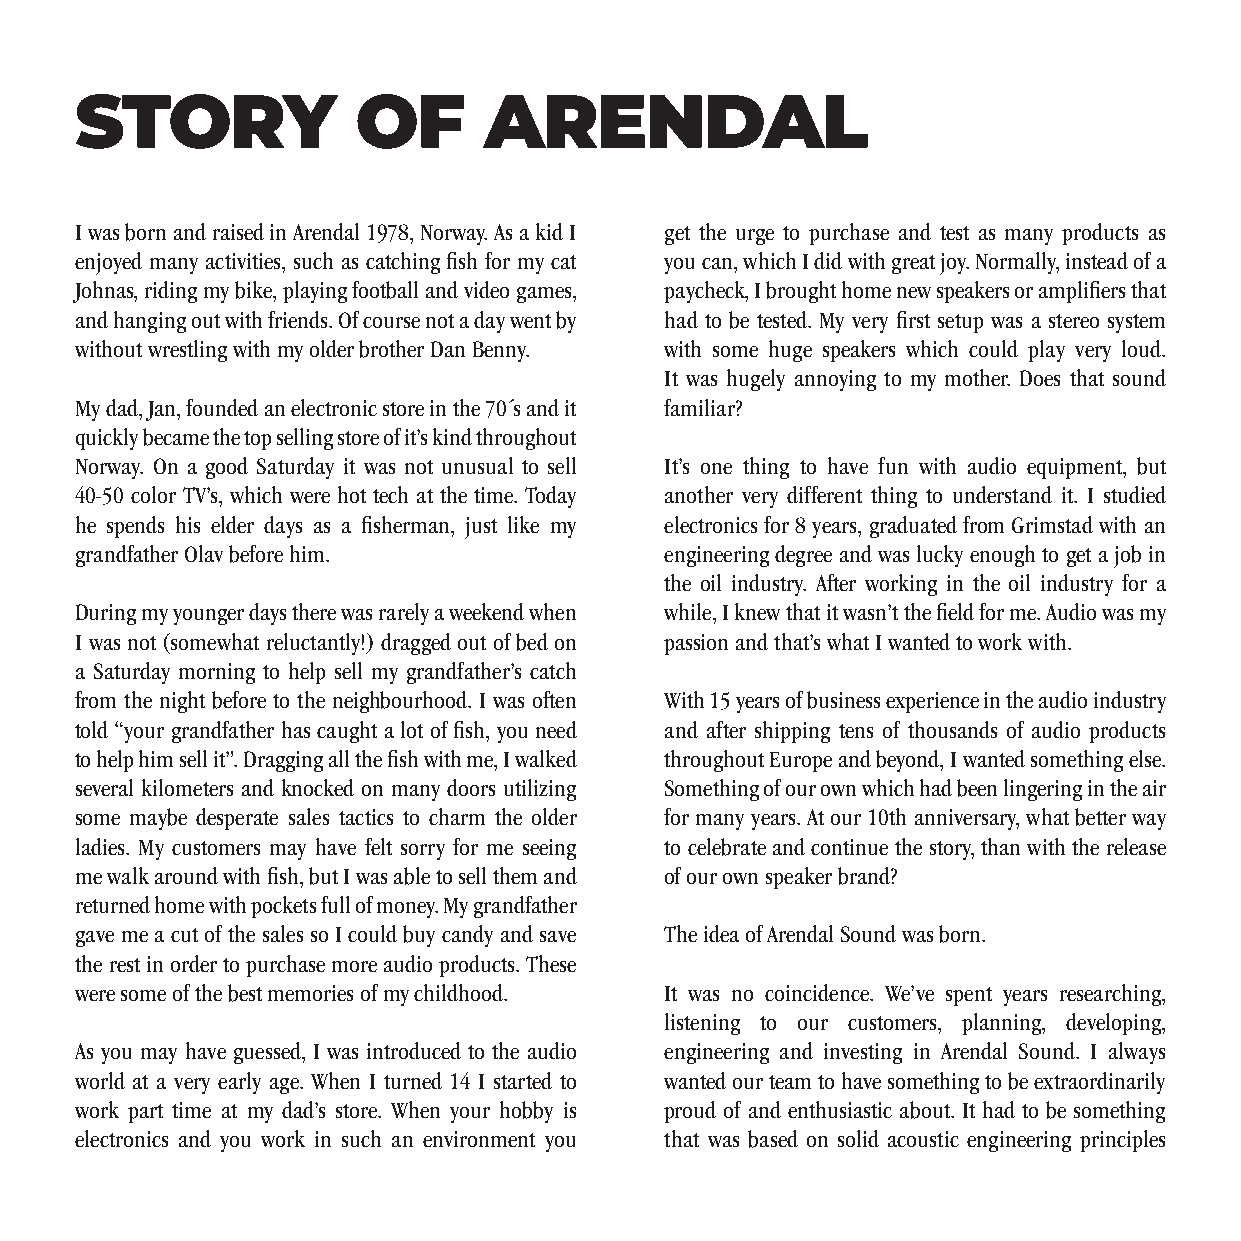
STORY              OF      ARENDAL
 I was born and raised in Arendal 1978, Norway. As a kid I get the urge to purchase and test as many products as
 enjoyed many activities, such as catching fi sh for my cat you can, which I did with great joy. Normally, instead of a
 Johnas, riding my bike, playing football and video games, paycheck, I brought home new speakers or amplifi ers that
 and hanging out with friends. Of course not a day went by had to be tested. My very fi rst setup was a stereo system
 without wrestling with my older brother Dan Benny. with some huge speakers which could play very loud.
 It was hugely annoying to my mother. Does that sound
 My dad, Jan, founded an electronic store in the 70´s and it familiar?
 quickly became the top selling store of it’s kind throughout
 Norway. On a good Saturday it was not unusual to sell It’s one thing to have fun with audio equipment, but
 40-50 color TV’s, which were hot tech at the time. Today another very different thing to understand it. I studied
 he spends his elder days as a fi sherman, just like my electronics for 8 years, graduated from Grimstad with an
 grandfather Olav before him.           engineering degree and was lucky enough to get a job in
 the oil industry. After working in the oil industry for a
 During my younger days there was rarely a weekend when while, I knew that it wasn’t the fi eld for me. Audio was my
 I was not (somewhat reluctantly!) dragged out of bed on passion and that’s what I wanted to work with.
 a Saturday morning to help sell my grandfather’s catch
 from the night before to the neighbourhood. I was often With 15 years of business experience in the audio industry
 told “your grandfather has caught a lot of fi sh, you need and after shipping tens of thousands of audio products
 to help him sell it”. Dragging all the fi sh with me, I walked throughout Europe and beyond, I wanted something else.
 several kilometers and knocked on many doors utilizing Something of our own which had been lingering in the air
 some maybe desperate sales tactics to charm the older for many years. At our 10th anniversary, what better way
 ladies. My customers may have felt sorry for me seeing to celebrate and continue the story, than with the release
 me walk around with fi sh, but I was able to sell them and of our own speaker brand?
 returned home with pockets full of money. My grandfather
 gave me a cut of the sales so I could buy candy and save The idea of Arendal Sound was born.
 the rest in order to purchase more audio products. These
 were some of the best memories of my childhood. It was no coincidence. We’ve spent years researching,
 listening to our customers, planning, developing,
 As you may have guessed, I was introduced to the audio engineering and investing in Arendal Sound. I always
 world at a very early age. When I turned 14 I started to wanted our team to have something to be extraordinarily
 work part time at my dad’s store. When your hobby is proud of and enthusiastic about. It had to be something
 electronics and you work in such an environment you that was based on solid acoustic engineering principles